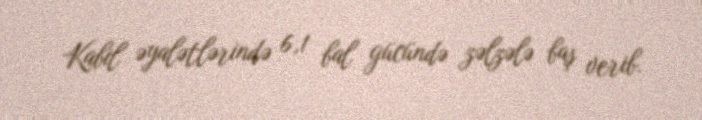
Kabil əyalətlərində 6,1 bal gücündə zəlzələ baş verib.